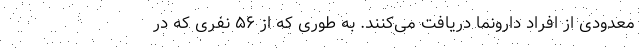
معدودی از افراد دارونما دریافت می‌کنند. به طوری که از ۵۶ نفری که در